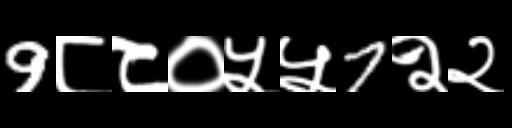
Text: 9८८०५५7२२